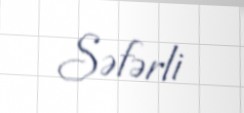
Səfərli